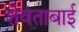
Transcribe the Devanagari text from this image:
शेवंताबाई